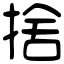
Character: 捨